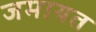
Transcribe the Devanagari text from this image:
जमायत